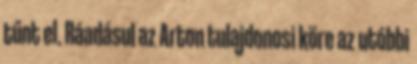
tűnt el. Ráadásul az Arton tulajdonosi köre az utóbbi